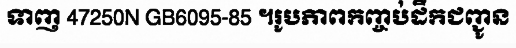
ទាញ 47250N GB6095-85 ។រូបភាពកញ្ចប់ដឹកជញ្ជូន